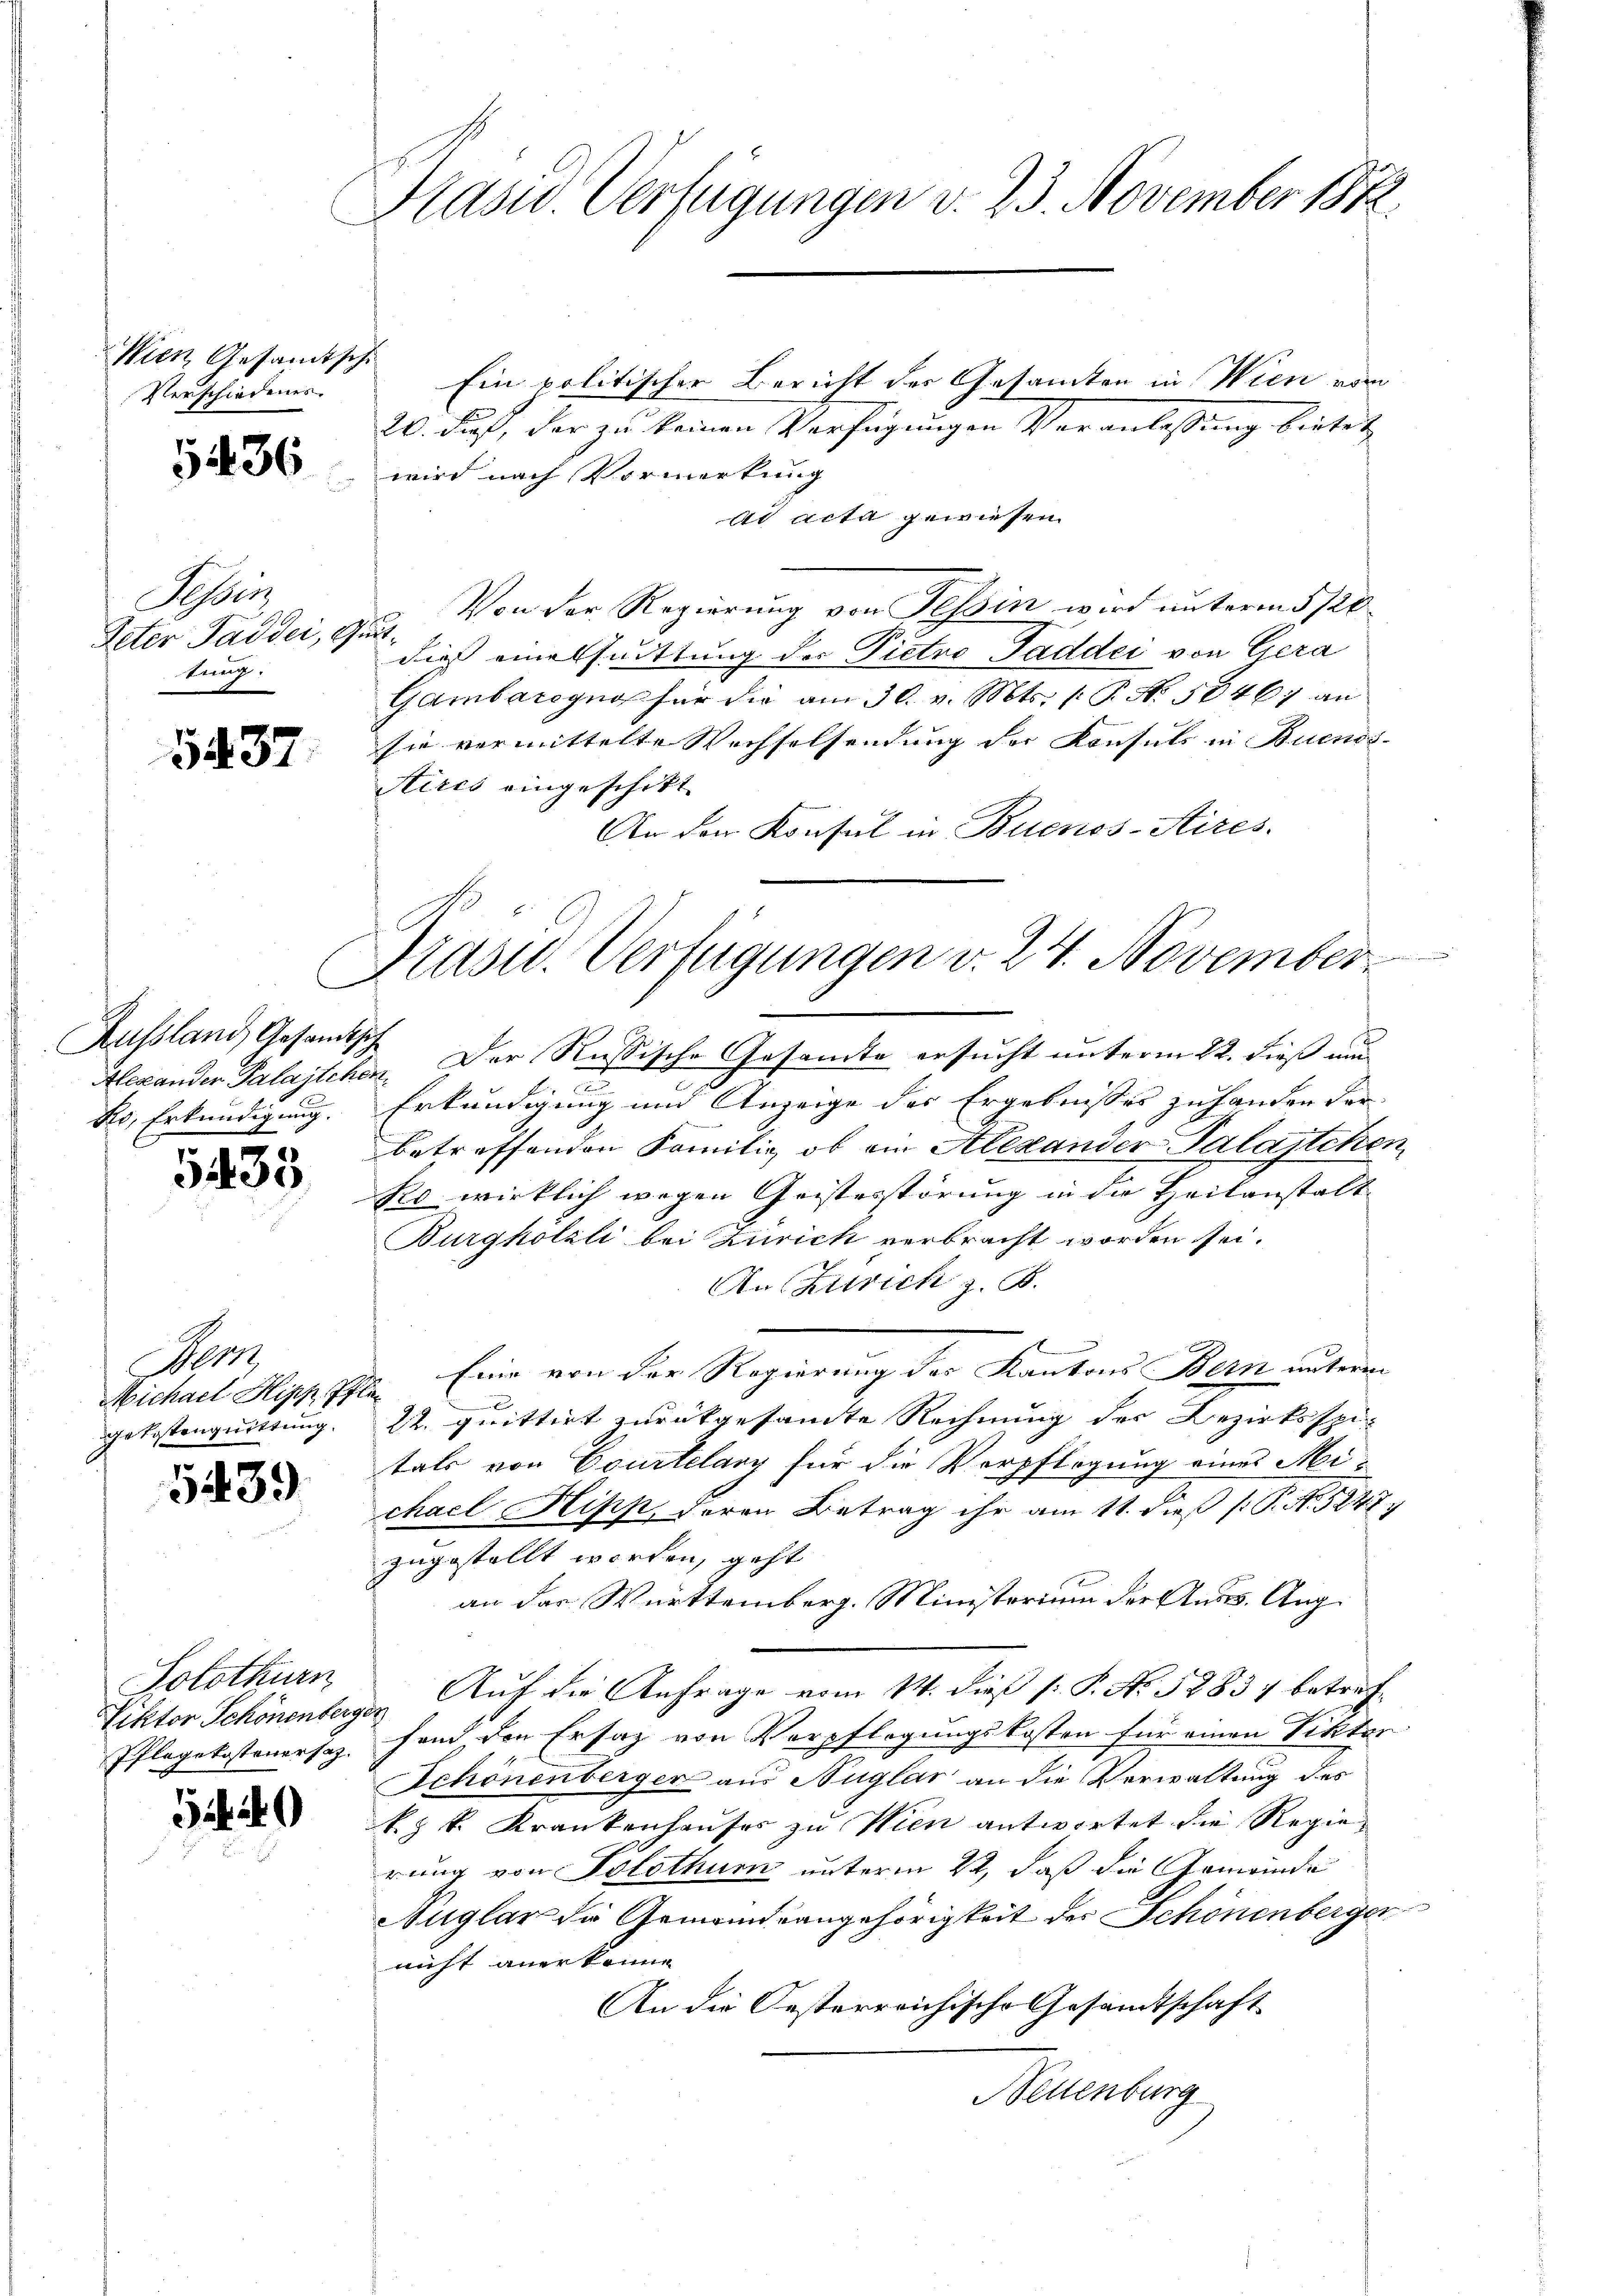
Wien Gesamtschi
Verschiedenes

5436

Sisber
Peter Paddei,
tung:

3437.

Russland, Gesandtsch
Ko, Erkundigung.

1433

11
Michael Hipp, Pflan
Getastenquittung.

5439

Solothurn
Pflegekostenersag

54. 40

Präsid. Verfügungen d. 23. November 1882.

Ein politischer Bericht der Gesamten in Wien vom
20. Fuß, der zu keinen Verfügungen Veranlassung bietet
wird nach Vormerkung
ad acta gewiesen
Von der Regierung von Tessin wird unterm 5/20
itt
dieß eines suittung der Pietro Paddei von Gera
Gambaregno für die am 30. v. Mts. (T. No. 5846) an
sie vermittelte Rechselsendung der Konsuls in Buenos¬
Aires eingeschikt
An der Konsul in Buenos-Aires.
duren
Alexander Palastchen. Der Rußische Gesandte ersucht unterm 22. dieß und
2
Erkundigung und Anzeige des Ergebnisses zu handen der
betreffenden Familie, ob ein Alexander Palastchen
Ro wirklich wegen Geistesstörung in die Heilanstalt
Burghölzli bei Zürich verbracht worden sei.
An Zürich z. B.
n
Eine von der Regierung des Kantons Bern unterm
22. quittirt zurükgesamte Rechnung der Bezirksspi
tals von Courtelary für die Verpflegung eines Michael Hipp, deren Betrag ihr am 11. dieß (: P. N. 5247
zugestellt worden, geht
an der Württemberg. Ministerium der Auss. Aug
Viktor Schönenberger. Auch die Anfrage vom 14. dieß (: P. Nr. 52834 betreffand den Ersatz von Verpflegungskosten für einen Viktor
Schönenberger aus Nüglas an die Verwaltung des
k. k. Krankenhauses zu Wien antwortet die Regierung von Solothur unterm 2t, daß die Gemeinde
Auglar die Gemeindeangehörigkeit der Schönenberger
nicht anerkenne
An die Oesterreichische Gesandtschaft
Neuenburg

Präsid. Verfügungen v. 24. November